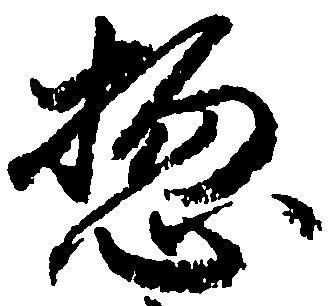
惣